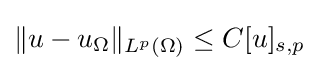
\|u-u_{\Omega }\|_{L^{p}(\Omega )}\leq C[u]_{s,p}